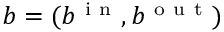
b = ( b ^ { \mathrm { ~ i ~ n ~ } } , b ^ { \mathrm { ~ o ~ u ~ t ~ } } )